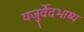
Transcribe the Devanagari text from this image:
यजुर्वेदभाष्य